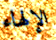
الإلهاء